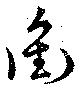
衝